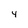
Character: 4